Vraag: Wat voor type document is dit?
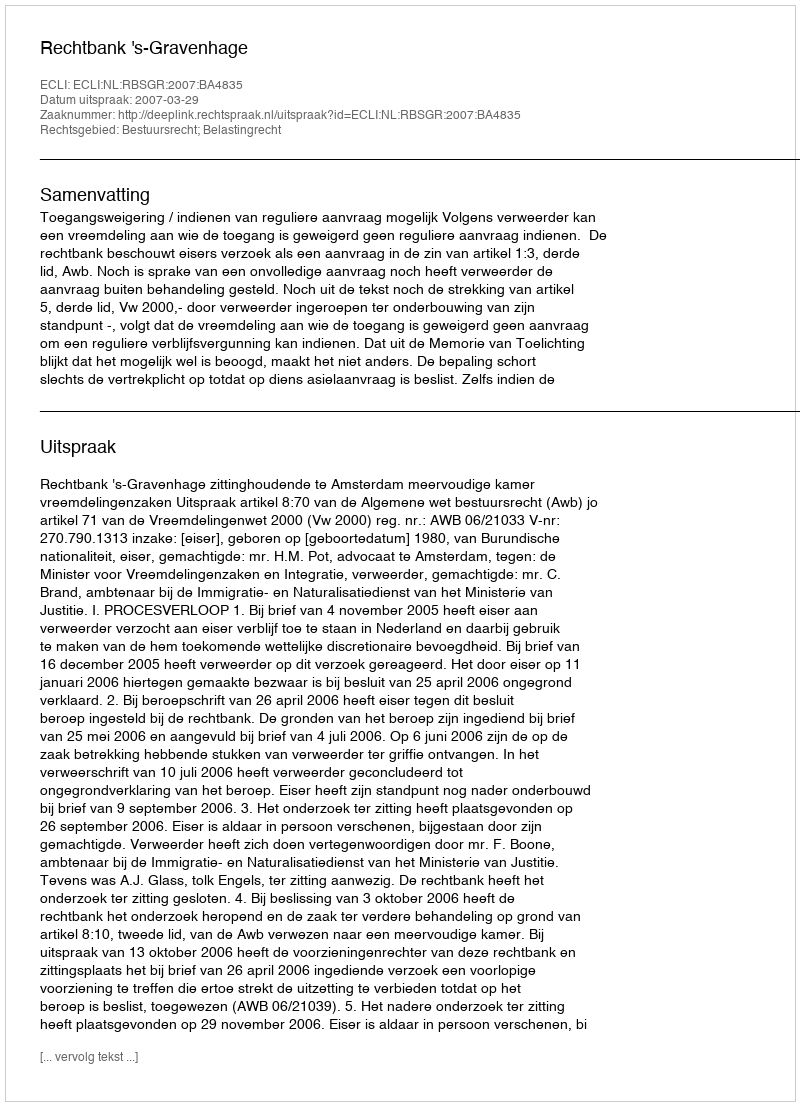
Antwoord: Uitspraak